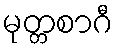
မုတ္တစာဂီ